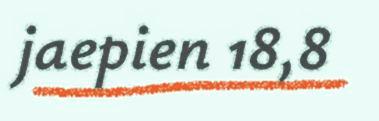
jaepien 18,8